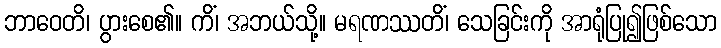
ဘာဝေတိ၊ ပွားစေ၏။ ကိံ၊ အဘယ်သို့။ မရဏဿတိံ၊ သေခြင်းကို အာရုံပြု၍ဖြစ်သော